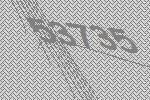
53735